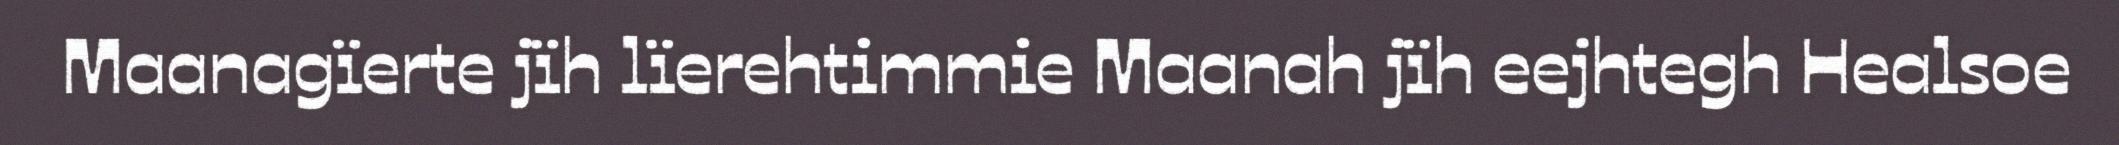
Maanagïerte jïh lïerehtimmie Maanah jïh eejhtegh Healsoe